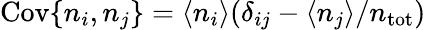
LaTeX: \mathrm{Cov}\{ n_{i},n_{j}\} =\langle n_{i}\rangle(\delta_{ij}-\langle n_{j}\rangle/n_{\mathrm{tot}})